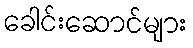
ခေါင်းဆောင်များ